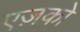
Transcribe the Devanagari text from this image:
एज़को